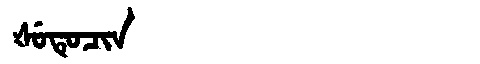
Manchu: ᡧᡠᡨᡠᠴᡳᠨ
Romanization: ŠUTUCIN